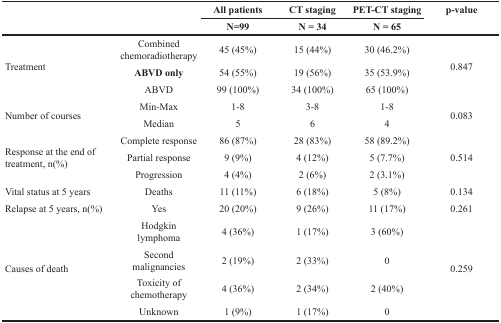
<table><thead><tr><td rowspan="2"></td><td rowspan="2"></td><td><b>All patients</b></td><td><b>CT staging</b></td><td><b>PET-CT staging</b></td><td rowspan="2"><b>p-value</b></td></tr><tr><td><b>N=99</b></td><td><b>N = 34</b></td><td><b>N = 65</b></td></tr></thead><tbody><tr><td rowspan="3">Treatment</td><td>Combined chemoradiotherapy</td><td>45 (45%)</td><td>15 (44%)</td><td>30 (46.2%)</td><td rowspan="3">0.847</td></tr><tr><td><b>ABVD only</b></td><td>54 (55%)</td><td>19 (56%)</td><td>35 (53.9%)</td></tr><tr><td>ABVD</td><td>99 (100%)</td><td>34 (100%)</td><td>65 (100%)</td></tr><tr><td rowspan="2">Number of courses</td><td>Min-Max</td><td>1-8</td><td>3-8</td><td>1-8</td><td rowspan="2">0.083</td></tr><tr><td>Median</td><td>5</td><td>6</td><td>4</td></tr><tr><td rowspan="3">Response at the end of treatment, n(%)</td><td>Complete response</td><td>86 (87%)</td><td>28 (83%)</td><td>58 (89.2%)</td><td rowspan="3">0.514</td></tr><tr><td>Partial response</td><td>9 (9%)</td><td>4 (12%)</td><td>5 (7.7%)</td></tr><tr><td>Progression</td><td>4 (4%)</td><td>2 (6%)</td><td>2 (3.1%)</td></tr><tr><td>Vital status at 5 years</td><td>Deaths</td><td>11 (11%)</td><td>6 (18%)</td><td>5 (8%)</td><td>0.134</td></tr><tr><td>Relapse at 5 years, n(%)</td><td>Yes</td><td>20 (20%)</td><td>9 (26%)</td><td>11 (17%)</td><td>0.261</td></tr><tr><td rowspan="4">Causes of death</td><td>Hodgkin lymphoma</td><td>4 (36%)</td><td>1 (17%)</td><td>3 (60%)</td><td rowspan="4">0.259</td></tr><tr><td>Second malignancies</td><td>2 (19%)</td><td>2 (33%)</td><td>0</td></tr><tr><td>Toxicity of chemotherapy</td><td>4 (36%)</td><td>2 (34%)</td><td>2 (40%)</td></tr><tr><td>Unknown</td><td>1 (9%)</td><td>1 (17%)</td><td>0</td></tr></tbody></table>